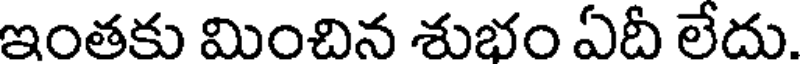
ఇంతకు మించిన శుభం ఏదీ లేదు.